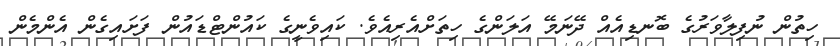
ހިތުން ނުފިލާވަރުގެ ބޮނޑިއެއް ދޭނަމޭ އަލަންގެ ހިތަށްއެރިއެވެ. ކައިވެނީގެ ކައުންޓްޑައުން ފަށައިގެން އެންމެން